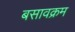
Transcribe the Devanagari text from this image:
बसावक्रम